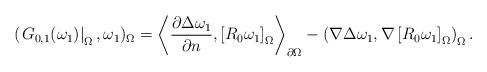
LaTeX: \begin{align*}(\left. G_{0,1}(\omega _{1})\right\vert _{\Omega },\omega _{1})_{\Omega}=\left\langle \frac{\partial \Delta \omega _{1}}{\partial n},\left[R_{0}\omega _{1}\right] _{\Omega }\right\rangle _{\partial \Omega }-\left(\nabla \Delta \omega _{1},\nabla \left[ R_{0}\omega _{1}\right] _{\Omega}\right) _{\Omega }. \end{align*}